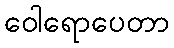
ဝေါရောပေတာ